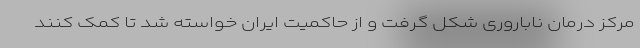
مرکز درمان ناباروری شکل گرفت و از حاکمیت ایران خواسته شد تا کمک کنند